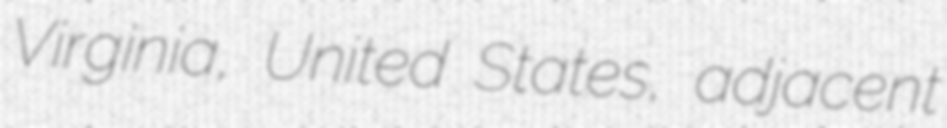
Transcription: Virginia, United States, adjacent